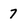
Character: 7